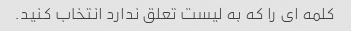
کلمه ای را که به لیست تعلق ندارد انتخاب کنید.